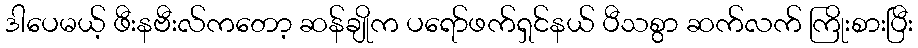
ဒါပေမယ့် ဖီးနဗီးလ်ကတော့ ဆန်ချိုက ပရော်ဖက်ရှင်နယ် ပီသစွာ ဆက်လက် ကြိုးစားပြီး